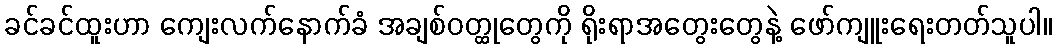
ခင်ခင်ထူးဟာ ကျေးလက်နောက်ခံ အချစ်ဝတ္ထုတွေကို ရိုးရာအတွေးတွေနဲ့ ဖော်ကျူးရေးတတ်သူပါ။